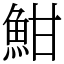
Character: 魽